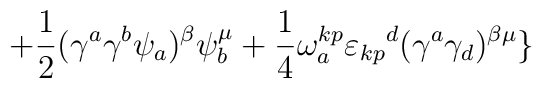
+{1\over2}(\gamma^{a}\gamma^{b}\psi_{a})^{\beta}\psi_{b}^{\mu}+{1\over4}\omega_{a}^{kp}{\varepsilon_{kp}}^{d}(\gamma^{a}\gamma_{d})^{\beta\mu}\}